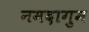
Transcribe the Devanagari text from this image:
नमदागुम